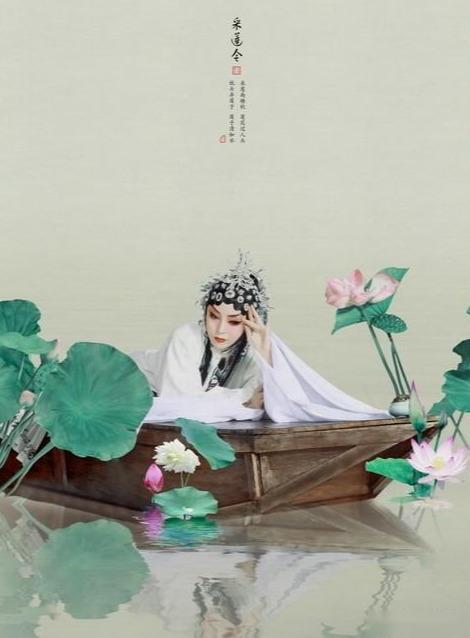
尽无言闲品秦筝，泪满参差雁。